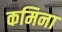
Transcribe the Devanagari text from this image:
कमिना